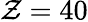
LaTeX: \mathcal{Z}=40